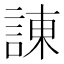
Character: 諌